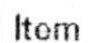
ITEM